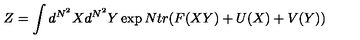
Z = \int d ^ { N ^ { 2 } } X d ^ { N ^ { 2 } } Y \exp N t r ( F ( X Y ) + U ( X ) + V ( Y ) )